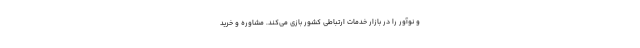
و نوآور را در بازار خدمات ارتباطی کشور بازی می‌کند. مشاوره و خرید